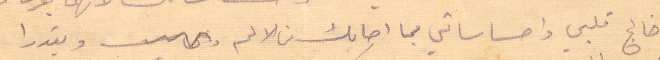
خالج قلبي واحساساتي بما اصابك من الألم ويقدرا